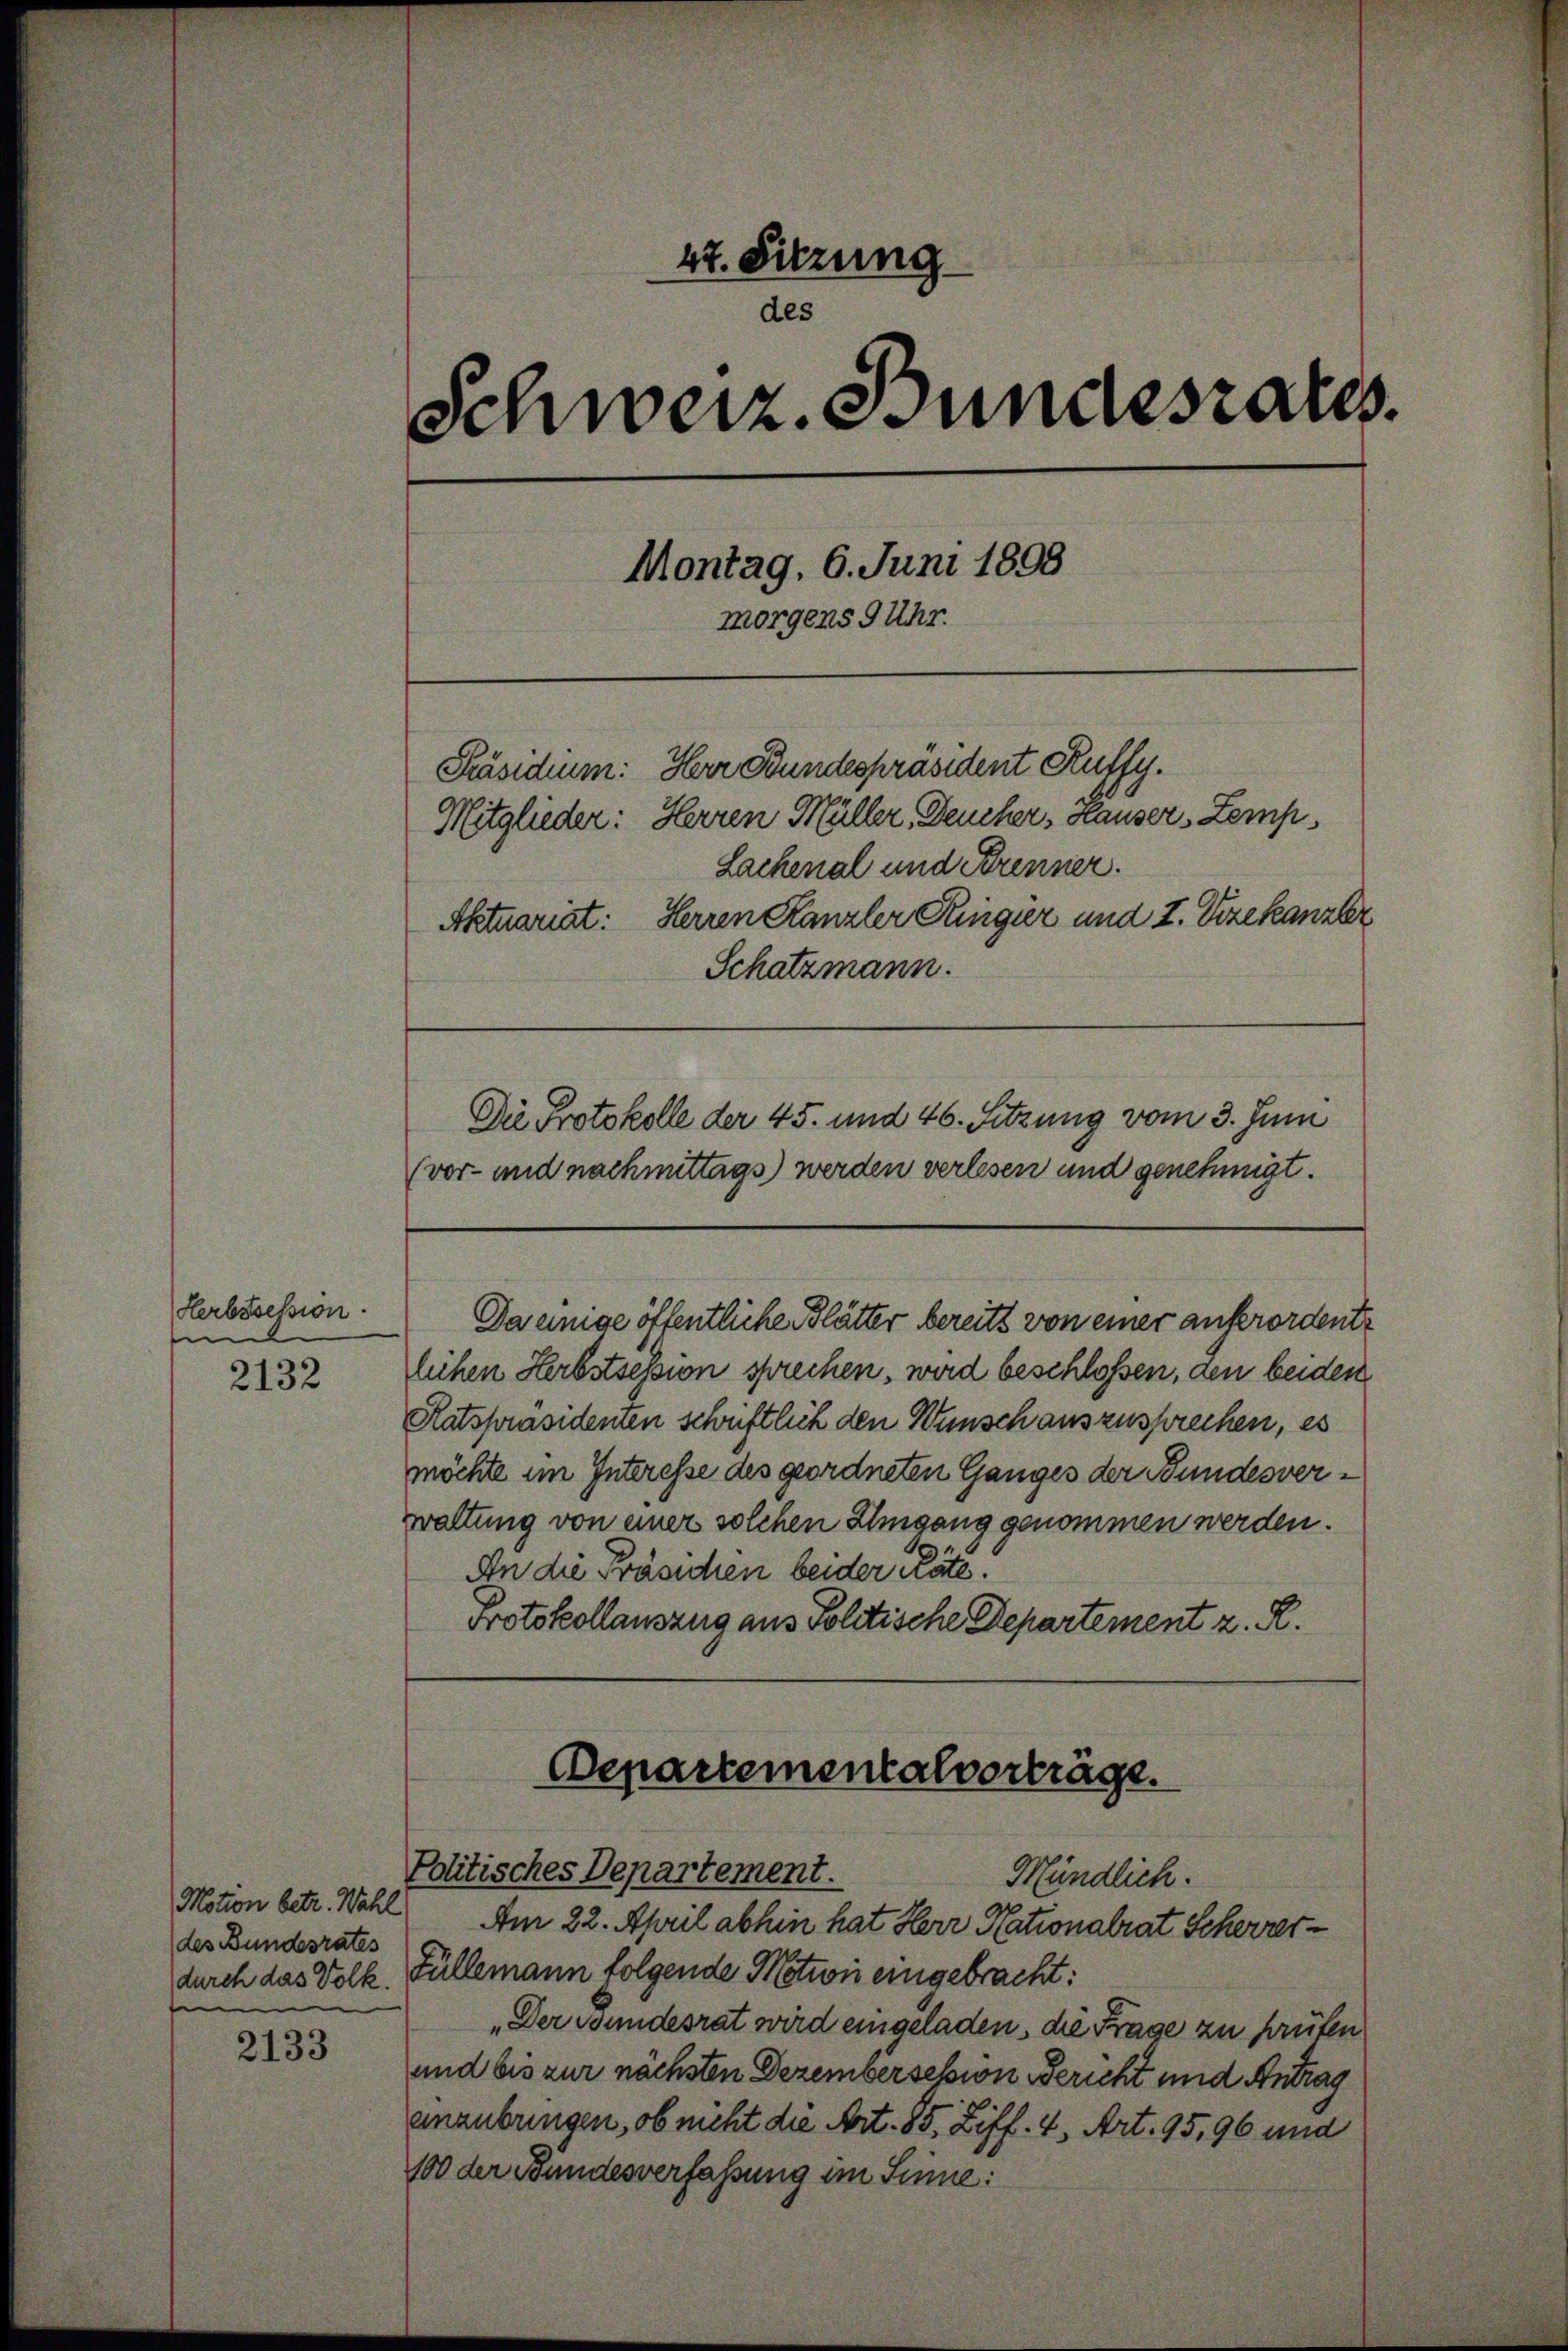
Herbssession.
e

2132

des Bundesrates
e

2133

47. Sitzung
des
Schweiz. Bundesrates.
Montag. 6. Juni 1898
morgens 9 Uhr.
Präsidium: Herr Bundespräsident Kuffy.
Mitglieder: Herren Müller, Deucher, Hauser Zemp,
Lachenal und Brenner.
Herren Kanzler Regier und I. Vizekanzler
Aktuariat:
Schatzmann.

Da einige öffentliche Blätter bereits von einer auferordente
lichen Herbstsession sprechen, wird beschlossen, den beiden
Ratspräsidenten schriftlich den Wunsch auszusprechen, es
möchte im Interesse des geordneten Ganges der Bundesverwaltung von einer solchen Umgang genommen werden.
An die Präsidien beider Räte!
Protokollauszug aus Politische Departement z. R.

Die Protokolle der 45. und 46. Sitzung vom 3. Juni
(vor- und nachmittags) werden verlesen und genehmigt.

Departementalverträge.
Politisches Departement.
Mündlich.
Nation betr. Wahl Am 22. April abhin hat Herr Nationalrat Scherzer¬

durch das Volk, Füllemann folgende Nation eingebracht:
„Der Stundesrat wird eingeladen, die Frage zu prüfen
und bis zur nächsten Dezembersession Bericht und Antrag
anzubringen, ob nicht die Art. 85, Ziff. 4, Art. 95,96 und
100 der Bundesverfassung im Sinne: